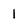
Character: l